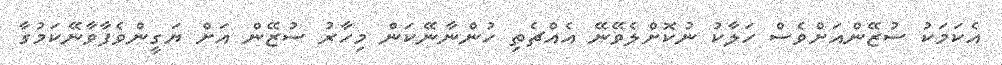
އެކަމަކު ސުޒޭންއަށްވެސް ހަލާކު ނުކޮށްލެވޭނޭ އެއްޗެތި ހުންނާނޭކަން މިހާރު ސުޒޭންް އަށް ޔަގީންވެފާވާނޭކަމުގާ